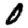
Digit: 0